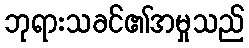
ဘုရားသခင်၏အမှုသည်